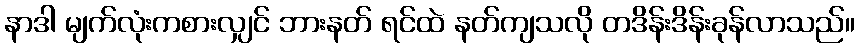
နာဒါ မျက်လုံးကစားလျှင် ဘားနတ် ရင်ထဲ နတ်ကျသလို တဒိန်းဒိန်းခုန်လာသည်။